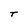
Character: T